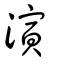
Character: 演